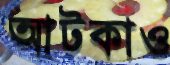
আটকাও